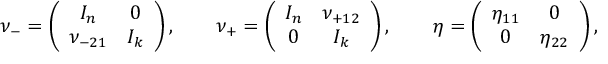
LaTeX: \nu _ { - } = \left( \begin{array} { c c } { { I _ { n } } } & { { 0 } } \\ { { \nu _ { - 2 1 } } } & { { I _ { k } } } \end{array} \right) , \qquad \nu _ { + } = \left( \begin{array} { c c } { { I _ { n } } } & { { \nu _ { + 1 2 } } } \\ { { 0 } } & { { I _ { k } } } \end{array} \right) , \qquad \eta = \left( \begin{array} { c c } { { \eta _ { 1 1 } } } & { { 0 } } \\ { { 0 } } & { { \eta _ { 2 2 } } } \end{array} \right) ,